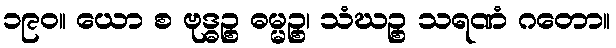
၁၉၀။ ယော စ ဗုဒ္ဓဉ္စ ဓမ္မဉ္စ၊ သံဃဉ္စ သရဏံ ဂတော။